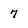
Character: 7